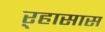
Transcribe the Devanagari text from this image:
ऱ्हासास